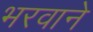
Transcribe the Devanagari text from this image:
भरवाने